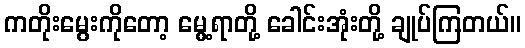
ကတိုးမွေးကိုတော့ မွေ့ရာတို့ ခေါင်းအုံးတို့ ချုပ်ကြတယ်။